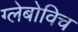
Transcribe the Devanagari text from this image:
ग्लेबोविच